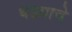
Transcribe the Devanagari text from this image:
धड्याचे